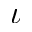
\iota